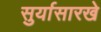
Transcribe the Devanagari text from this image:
सुर्यासारखे